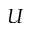
U